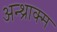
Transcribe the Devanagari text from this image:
अन्थ्राक्स